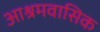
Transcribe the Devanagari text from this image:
आश्रमवासिक